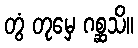
တွံ တုမှေ ဂစ္ဆသိ။